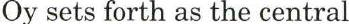
Oy sets forth as the central